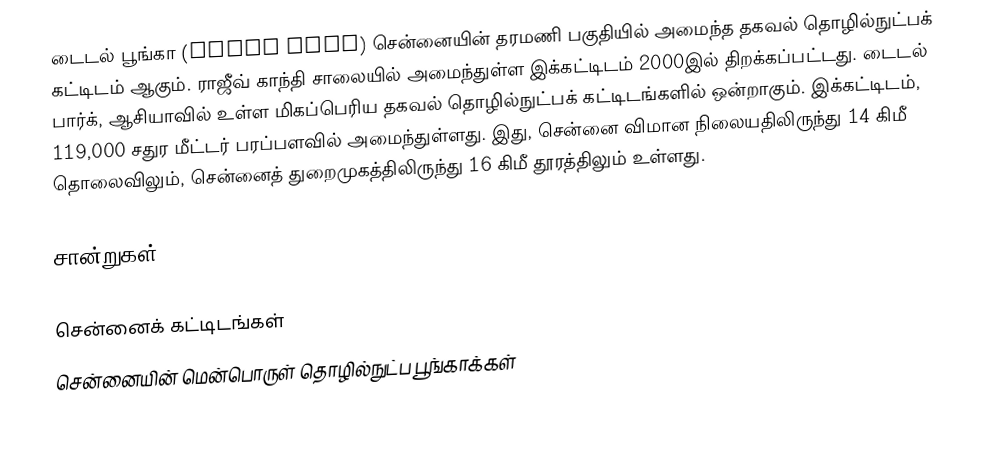
டைடல் பூங்கா (Tidel Park) சென்னையின் தரமணி பகுதியில் அமைந்த தகவல் தொழில்நுட்பக் கட்டிடம் ஆகும். ராஜீவ் காந்தி சாலையில் அமைந்துள்ள  இக்கட்டிடம் 2000இல் திறக்கப்பட்டது. டைடல் பார்க், ஆசியாவில் உள்ள மிகப்பெரிய தகவல் தொழில்நுட்பக் கட்டிடங்களில் ஒன்றாகும். இக்கட்டிடம், 119,000 சதுர மீட்டர் பரப்பளவில் அமைந்துள்ளது. இது, சென்னை விமான நிலையதிலிருந்து 14 கிமீ தொலைவிலும், சென்னைத் துறைமுகத்திலிருந்து 16 கிமீ தூரத்திலும் உள்ளது.

சான்றுகள்

சென்னைக் கட்டிடங்கள்
சென்னையின் மென்பொருள் தொழில்நுட்ப பூங்காக்கள்